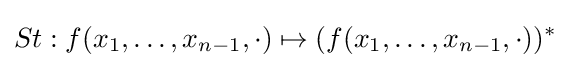
St:f(x_{1},\ldots ,x_{n-1},\cdot )\mapsto (f(x_{1},\ldots ,x_{n-1},\cdot ))^{*}